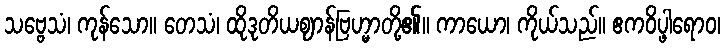
သဗ္ဗေသံ၊ ကုန်သော။ တေသံ၊ ထိုဒုတိယဈာန်ဗြဟ္မာတို့၏။ ကာယော၊ ကိုယ်သည်။ ဧကဝိပ္ဖါရောဝ၊